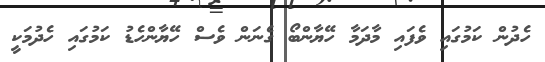
ހެދުން ކަމުގައި ވެފައި މާދަމާ ހޭޔާންބޯ ގެނަން ވެސް ހޭޔާންހެޑު ކަމުގައި ހެދުމަކީ